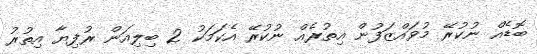
ބޮޑެއް ނުކުރޭ މުވައްޒަފުން އިތުރެއް ނުކުރޭ އެކަމަކު 2 ބިލިއަން ރުފިޔާ އިތުރު